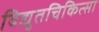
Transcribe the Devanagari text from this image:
विद्युतचिकित्सा